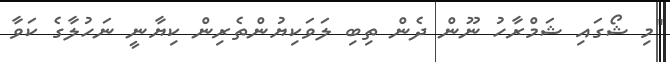
"މި ޝޯގައި ޝަމްރާހު ނޫން ދެން ތިބި ލަވަކިޔުންތެރިން ކިޔާނީ ނަހުލާގެ ކަވާ